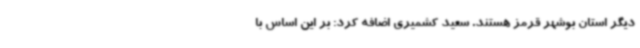
دیگر استان بوشهر قرمز هستند. سعید کشمیری اضافه کرد: بر این اساس با